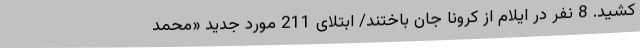
کشید. 8 نفر در ایلام از کرونا جان باختند/ ابتلای 211 مورد جدید «محمد